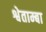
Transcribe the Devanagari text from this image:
श्वेताम्बा